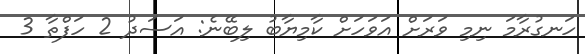
ހަނގުރާމަ ނިމި ވަރަށް އަވަހަށް ކާމިޔާބު ލިބޭނެ: އަސަދު 2 ހަފްތާ 3